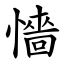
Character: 懎